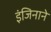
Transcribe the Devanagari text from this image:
इंजिनाने